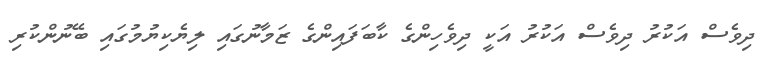
ދިވެސް އަކުރު ދިވެސް އަކުރު އަކީ ދިވެހިންގެ ކާބަފައިންގެ ޒަމާނުގައި ލިޔެކިޔުމުގައި ބޭނުންކުރި